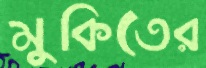
মুকিতের